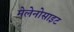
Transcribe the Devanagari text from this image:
मेलेनोसाइट